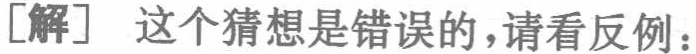
[解] 这个猜想是错误的，请看反例：